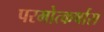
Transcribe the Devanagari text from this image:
परमोत्कर्षास